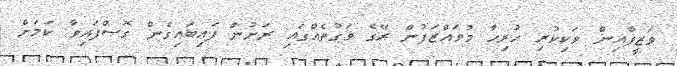
ވަޒީފާއިން ވަކިކުރި ހުރިހާ މުވައްޒަފުން ރޭގެ ވަގުތެއްގައި ރަށުން ފައިބައިގެން ގޮސްފައިވާ ކަމަށް